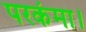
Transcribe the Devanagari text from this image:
परकंमा।